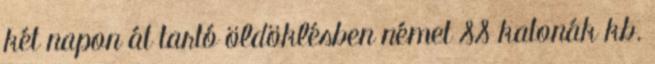
két napon át tartó öldöklésben német SS katonák kb.